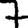
Digit: 7